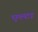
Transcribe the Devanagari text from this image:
एल्टा